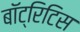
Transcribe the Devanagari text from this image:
बॉट्रिटिस